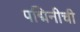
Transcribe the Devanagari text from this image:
पद्मिनीची